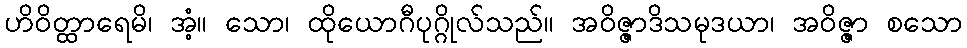
ဟိဝိတ္ထာရေမိ၊ အံ့။ သော၊ ထိုယောဂီပုဂ္ဂိုလ်သည်။ အဝိဇ္ဇာဒိသမုဒယာ၊ အဝိဇ္ဇာ စသော